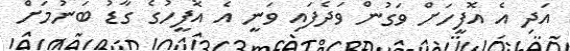
އަދި އެ އޮފީހަށް ވަގުން ވަދެފައި ވަނީ އެ އޮފީހުގެ ގާޑު ބަނުމަށް